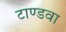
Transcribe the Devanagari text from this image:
टाण्डवा